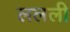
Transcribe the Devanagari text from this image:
ललली